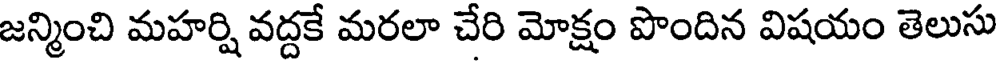
జన్మించి మహర్షి వద్దకే మరలా చేరి మోక్షం పొందిన విషయం తెలుసు